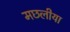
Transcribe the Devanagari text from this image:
मछलीया